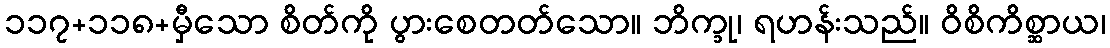
၁၁၇+၁၁၈+မှီသော စိတ်ကို ပွားစေတတ်သော။ ဘိက္ခု၊ ရဟန်းသည်။ ဝိစိကိစ္ဆာယ၊